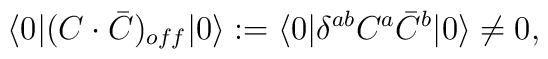
\langle 0| (C \cdot \bar C)_{off}|0 \rangle := \langle 0| \delta^{ab} C^a \bar C^b |0 \rangle \not= 0 ,